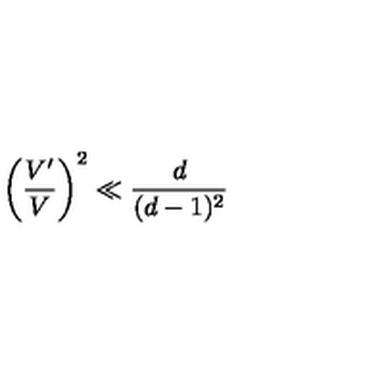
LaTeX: \left( \frac { V ^ { \prime } } { V } \right) ^ { 2 } \ll \frac { d } { ( d - 1 ) ^ { 2 } }